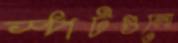
স্পটগুলো